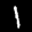
Label: 1